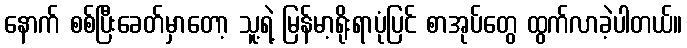
နောက် စစ်ပြီးခေတ်မှာတော့ သူ့ရဲ့ မြန်မာ့ရိုးရာပုံပြင် စာအုပ်တွေ ထွက်လာခဲ့ပါတယ်။